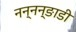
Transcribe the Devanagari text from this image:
नन्नन्ङाडी